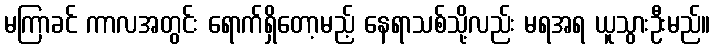
မကြာခင် ကာလအတွင်း ရောက်ရှိတော့မည့် နေရာသစ်သို့လည်း မရအရ ယူသွားဦးမည်။